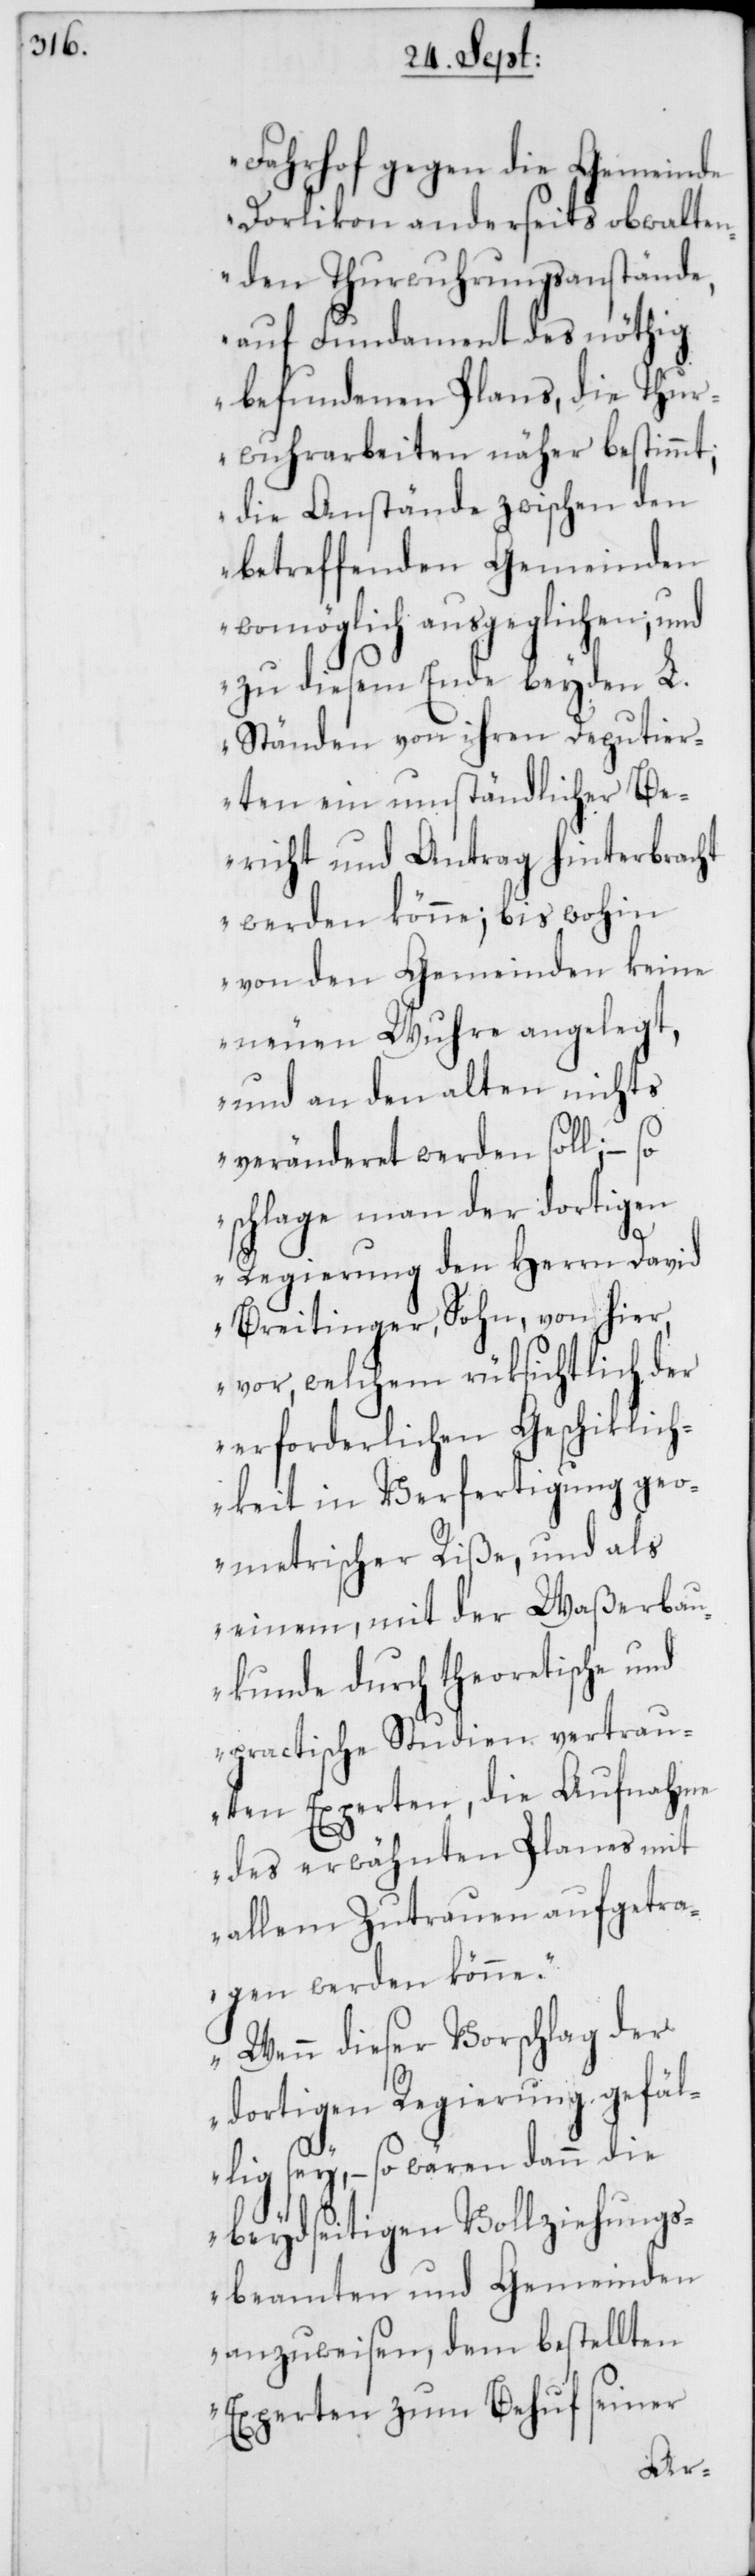
Fahrhof gegen die Gemeinde
Dorlikon anderseits, obwalten¬
den Thurwuhrungsanstände,
auf Fundament des nöthig
befundenen Plans, die Thur¬
wuhrarbeiten näher bestimmt;
die Anstände zwischen den
betreffenden Gemeinden
womöglich ausgeglichen; und
zu diesem Ende beyden L.
Ständen von ihren Deputier¬
ten ein umständlicher Be¬
richt und Antrag hinterbracht
werden könne; bis wohin
von den Gemeinden keine
neuen Wuhre angelegt,
und an den alten nichts
veränderet werden soll; – so
schlage man der dortigen
Regierung den Herrn David
Breitinger, Sohn, von hier,
vor, welchem rüksichtlich der
erforderlichen Geschiklich¬
keit in Verfertigung geo¬
metrischer Riße, und als
einem, mit der Waßerbau¬
kunde durch theoretische und
practische Studien vertrau¬
ten Experten, die Aufnahme
des erwähnten Planes mit
allem Zutrauen aufgetra¬
gen werden könne.
Wenn dieser Vorschlag der
dortigen Regierung gefäl¬
lig sey, – so wären dann die
beydseitigen Vollziehungs¬
beamten und Gemeinden
anzuweisen, dem bestellten
Experten zum Behuf seiner